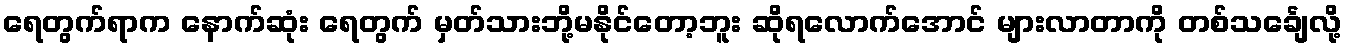
ရေတွက်ရာက နောက်ဆုံး ရေတွက် မှတ်သားဘို့မနိုင်တော့ဘူး ဆိုရလောက်အောင် များလာတာကို တစ်သင်္ချေလို့